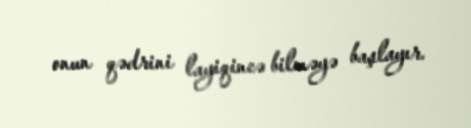
onun qədrini layiqincə bilməyə başlayır.